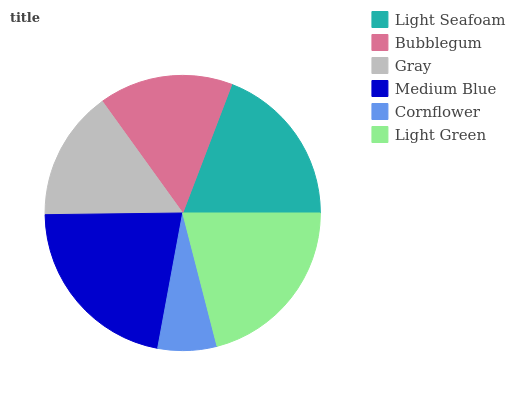
| Light Seafoam | Bubblegum | Gray | Medium Blue | Cornflower | Light Green |
 | --- | --- | --- | --- | --- | --- |
 | 19.2% | 15.7% | 15.2% | 21.9% | 6.91% | 21% |